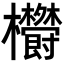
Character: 𣡮